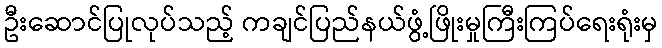
ဦးဆောင်ပြုလုပ်သည့် ကချင်ပြည်နယ်ဖွံ့ဖြိုးမှုကြီးကြပ်ရေးရုံးမှ